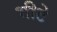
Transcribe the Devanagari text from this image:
भीटे